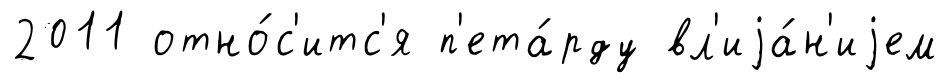
2011 отно́с'итс'я п'ета́рду вл'иjа́н'иjем